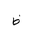
Letter: _za